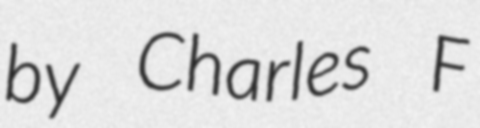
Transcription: by Charles F